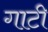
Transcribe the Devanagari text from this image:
गाटी